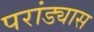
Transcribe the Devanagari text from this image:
परांड्यास